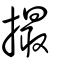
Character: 撮